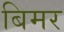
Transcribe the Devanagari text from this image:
बिमर